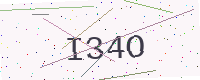
Text: I34O